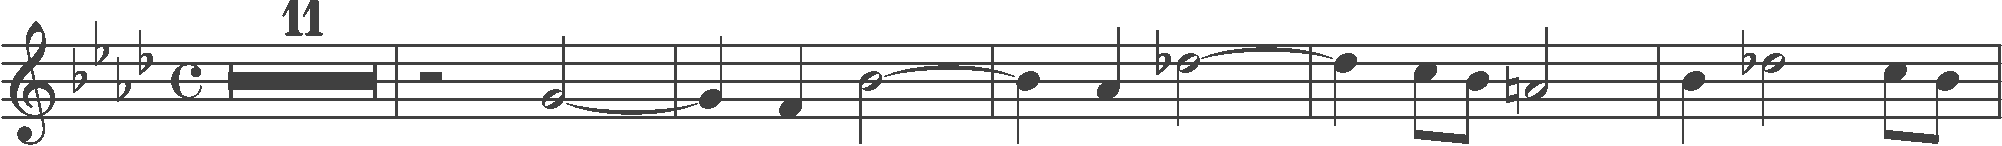
Transcription: clef-G2 keySignature-AbM timeSignature-C multirest-11 barline rest-half note-G4_half tie barline note-G4_quarter note-F4_quarter note-Bb4_half tie barline note-Bb4_quarter note-Ab4_quarter note-Db5_half tie barline note-Db5_quarter note-C5_eighth note-Bb4_eighth note-A4_half barline note-Bb4_quarter note-Db5_half note-C5_eighth note-Bb4_eighth barline